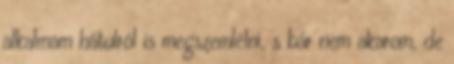
alkalmam hátulról is megszemlélni, s bár nem akarom, de